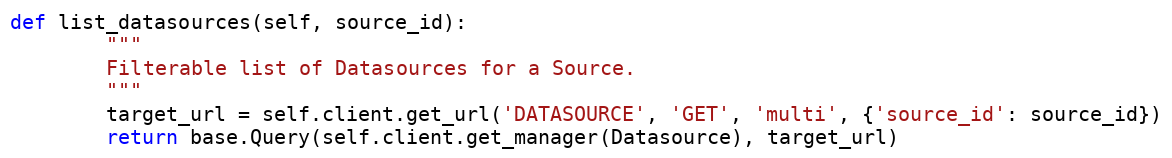
Language: Python
def list_datasources(self, source_id):
        """
        Filterable list of Datasources for a Source.
        """
        target_url = self.client.get_url('DATASOURCE', 'GET', 'multi', {'source_id': source_id})
        return base.Query(self.client.get_manager(Datasource), target_url)